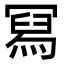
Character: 冩